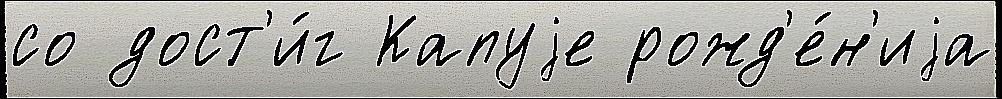
со дост'и́г Капуjе рожд'е́н'иjа